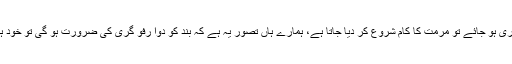
دنیا جہاں میں دریاؤں اور ڈیموں میں لگے بند کی مقررہ میعاد پوری ہو جائے تو مرمت کا کام شروع کر دیا جاتا ہے، ہمارے ہاں تصور یہ ہے کہ بند کو دوا رفو گری کی ضرورت ہو گی تو خود ہی کسی دن ٹوٹ کر بتا دے گا کہ آؤ میری توبہ کی زیارت کر لو۔